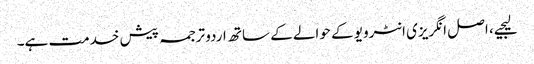
لیجیے، اصل انگریزی انٹرویو کے حوالے کے ساتھ اردو ترجمہ پیش خدمت ہے۔